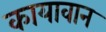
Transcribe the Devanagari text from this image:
कायावान